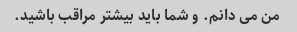
من می دانم. و شما باید بیشتر مراقب باشید.